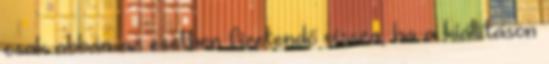
csak abban az esetben fizetendő vissza, ha a kiállításon